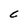
Character: C